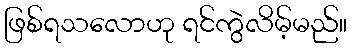
ဖြစ်ရသလောဟု ရင်ကွဲလိမ့်မည်။